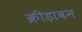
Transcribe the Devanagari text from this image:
क्रीड़ावन